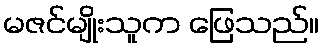
မဇင်မျိုးသူက ဖြေသည်။